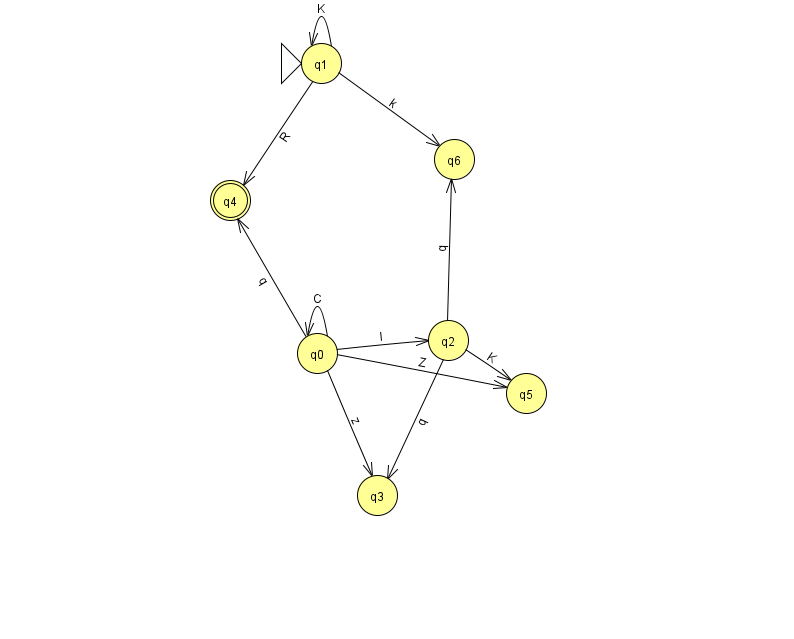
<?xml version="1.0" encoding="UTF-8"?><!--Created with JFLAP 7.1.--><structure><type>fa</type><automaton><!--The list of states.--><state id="0" name="q0"><x>317.0</x><y>340.0</y></state><state id="1" name="q1"><x>321.0</x><y>50.0</y><initial/></state><state id="2" name="q2"><x>448.0</x><y>327.0</y></state><state id="3" name="q3"><x>377.0</x><y>482.0</y></state><state id="4" name="q4"><x>230.0</x><y>187.0</y><final/></state><state id="5" name="q5"><x>526.0</x><y>380.0</y></state><state id="6" name="q6"><x>454.0</x><y>146.0</y></state><!--The list of transitions.--><transition><from>0</from><to>5</to><read>Z</read></transition><transition><from>0</from><to>0</to><read>C</read></transition><transition><from>0</from><to>3</to><read>z</read></transition><transition><from>0</from><to>4</to><read>q</read></transition><transition><from>2</from><to>5</to><read>K</read></transition><transition><from>2</from><to>6</to><read>q</read></transition><transition><from>1</from><to>6</to><read>k</read></transition><transition><from>1</from><to>1</to><read>K</read></transition><transition><from>1</from><to>4</to><read>R</read></transition><transition><from>2</from><to>3</to><read>q</read></transition><transition><from>0</from><to>2</to><read>l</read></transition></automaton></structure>